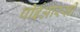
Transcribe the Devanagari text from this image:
पीईआरसी